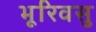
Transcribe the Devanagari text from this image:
भूरिवसु